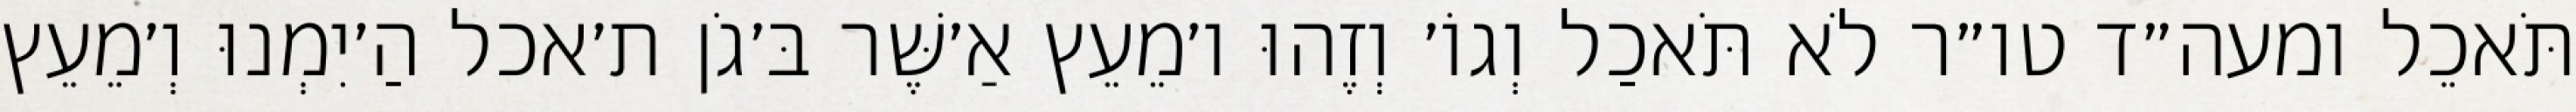
תֹּאכֵל ומעה״ד טו״ר לֹא תֹּאכַל וְגוֹ׳ וְזֶהוּ ו׳מֵעֵץ אַ׳שֶּׁר בּ׳גֹן ת׳אכל הַ׳יִמְנוּ וְ׳מֵעֵץ